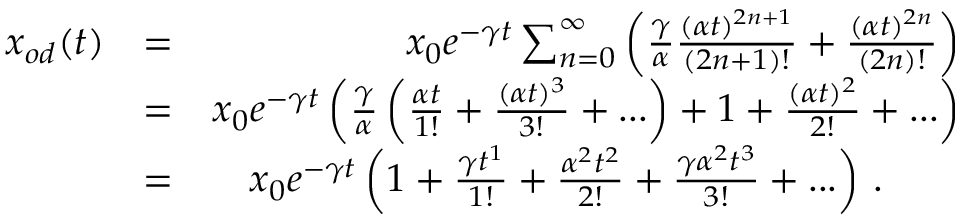
\begin{array} { r l r } { x _ { o d } ( t ) } & { = } & { x _ { 0 } e ^ { - \gamma t } \sum _ { n = 0 } ^ { \infty } \left( \frac { \gamma } { \alpha } \frac { ( \alpha t ) ^ { 2 n + 1 } } { ( 2 n + 1 ) ! } + \frac { ( \alpha t ) ^ { 2 n } } { ( 2 n ) ! } \right) } \\ & { = } & { x _ { 0 } e ^ { - \gamma t } \left( \frac { \gamma } { \alpha } \left( \frac { \alpha t } { 1 ! } + \frac { ( \alpha t ) ^ { 3 } } { 3 ! } + . . . \right) + 1 + \frac { ( \alpha t ) ^ { 2 } } { 2 ! } + . . . \right) } \\ & { = } & { x _ { 0 } e ^ { - \gamma t } \left( 1 + \frac { \gamma t ^ { 1 } } { 1 ! } + \frac { \alpha ^ { 2 } t ^ { 2 } } { 2 ! } + \frac { \gamma \alpha ^ { 2 } t ^ { 3 } } { 3 ! } + . . . \right) \, . \qquad } \end{array}